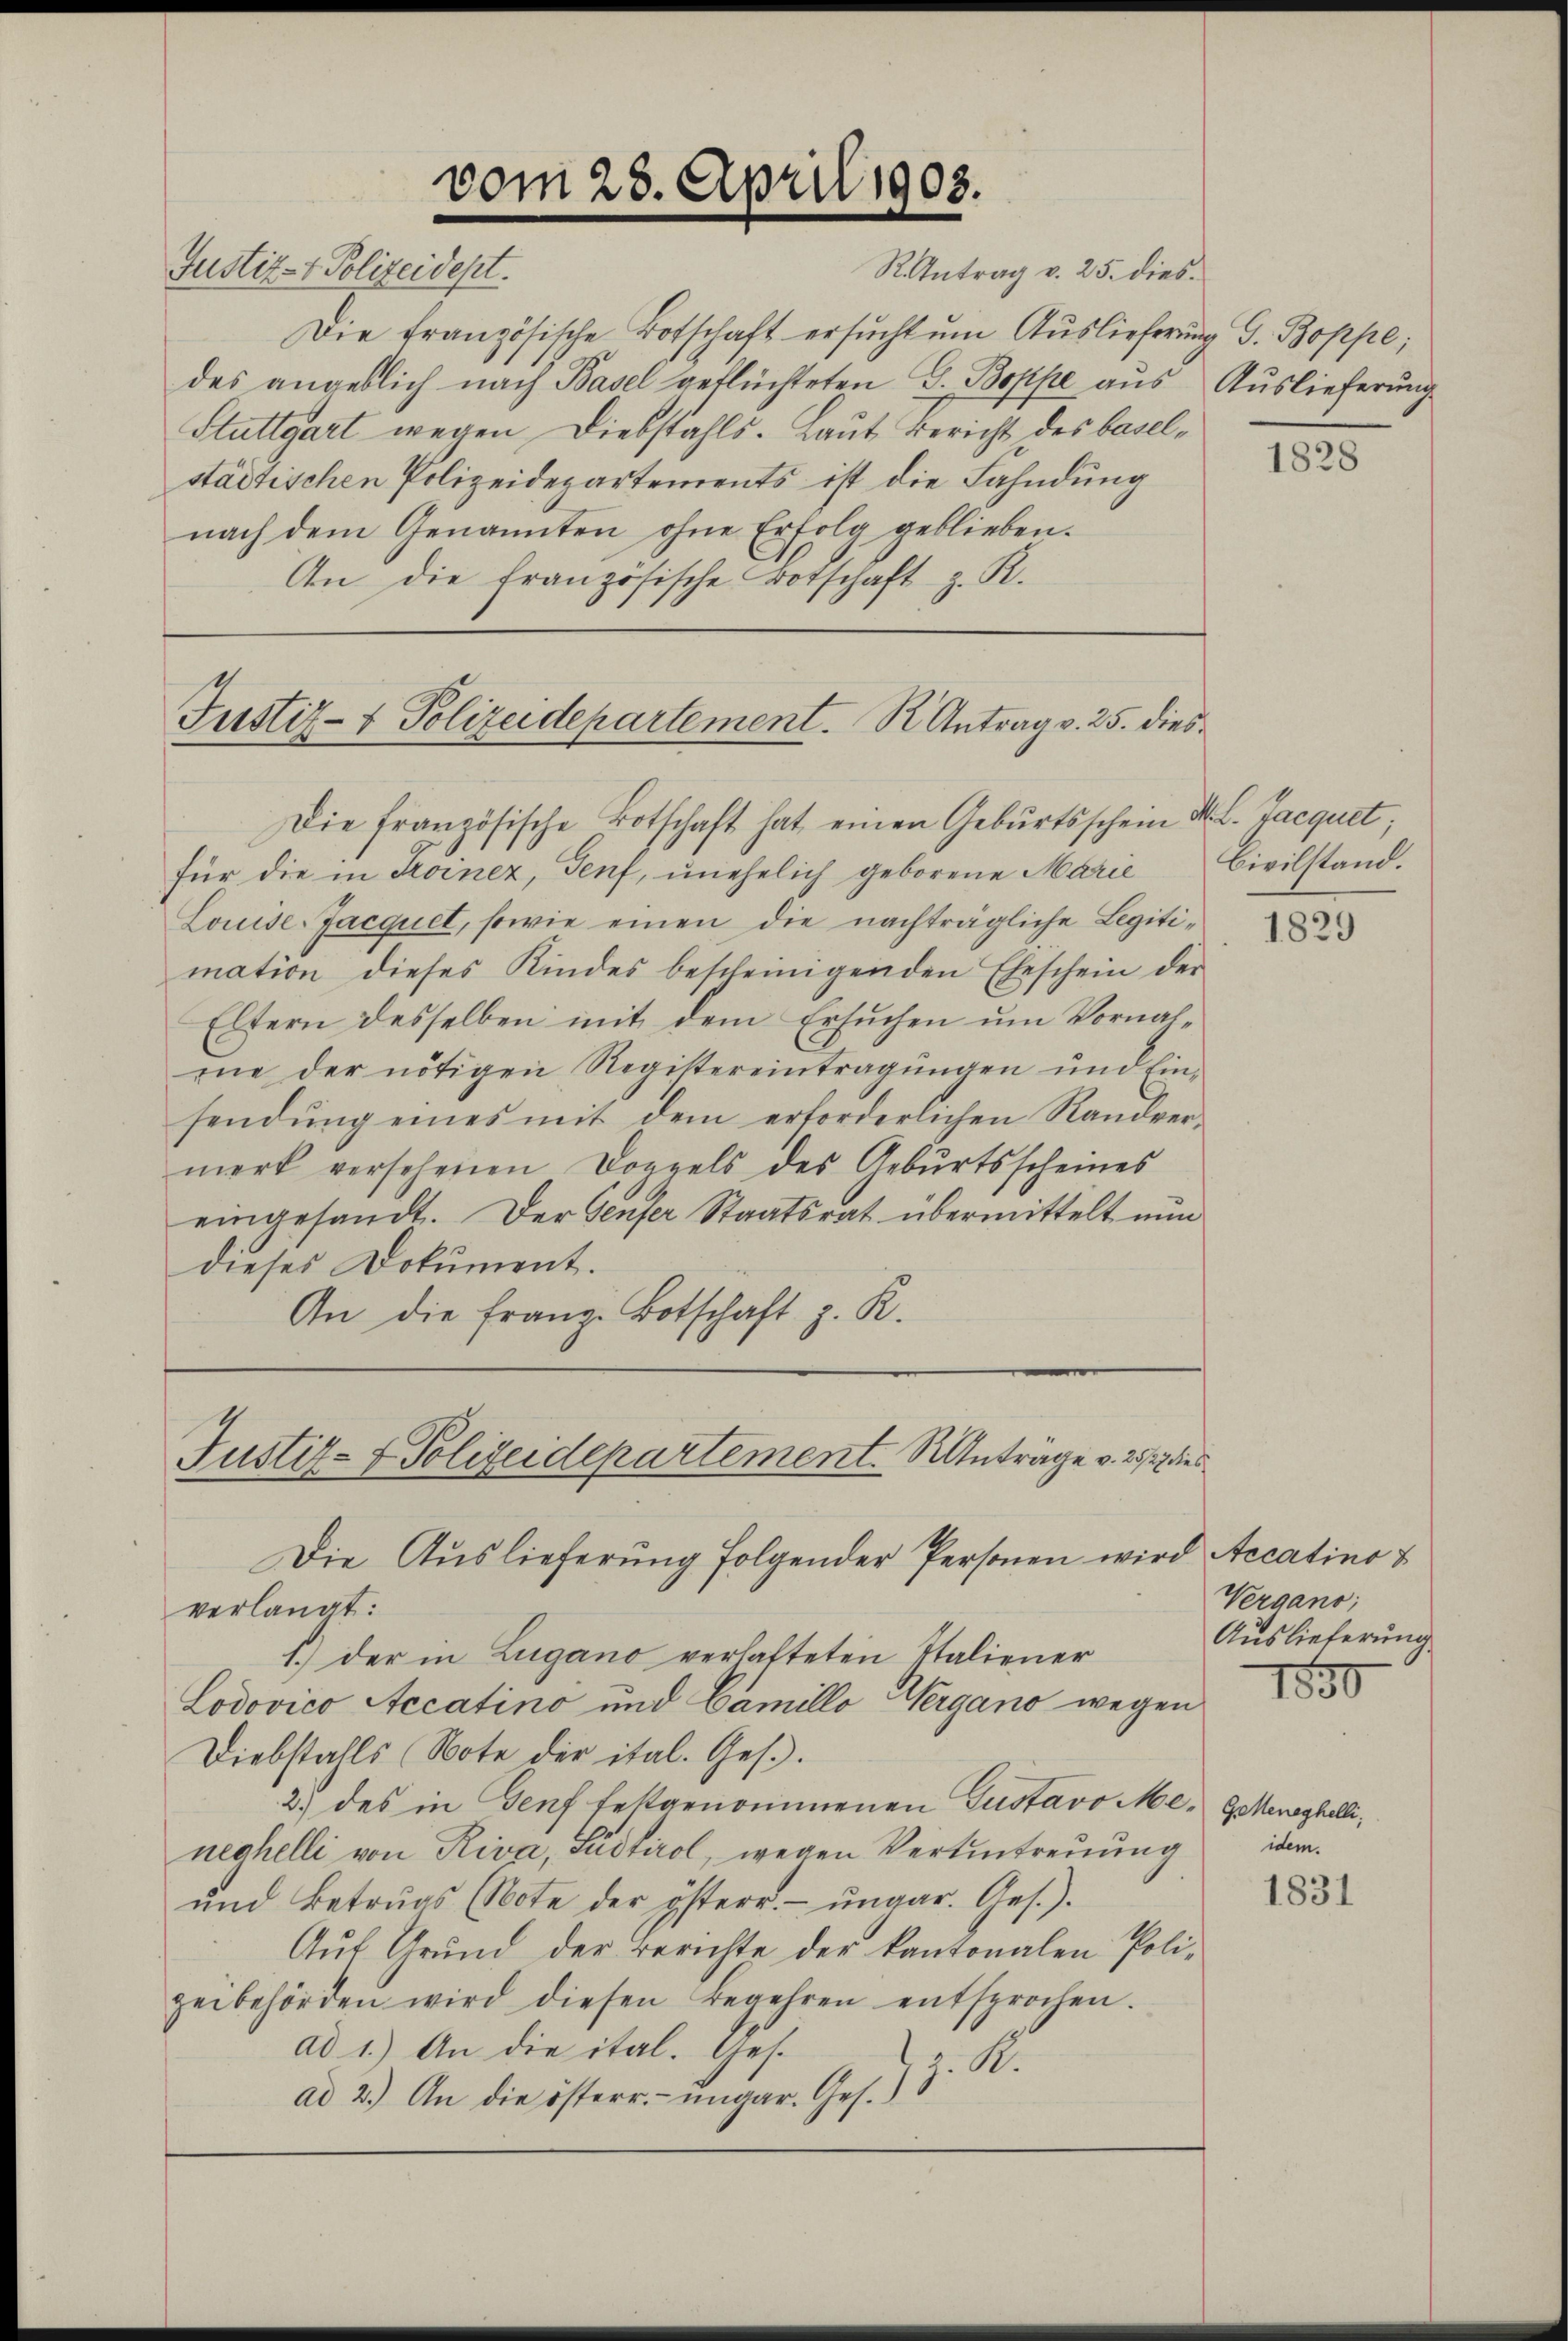
vom 28. April 1903.
Justiz- & Polizeidept.

Die französische Botschaft ersucht um Auslieferung G. Boppe;
des angeblich nach Basel geflüchteten G. Boppe aus Auslieferung
Stuttgart wegen Diebstahls. Laut Bericht des baselstädtischen Polizeidepartements ist die Fahndung
nach dem Genannten ohne Erfolg geblieben.
An die französische Vorschaft z. R.

RAntrag v. 25. dies¬

für die in Troinez, Genf, unehelich geborene Marie
Louise-Jacquet, sowie einen die nachträgliche Legitimation dieses Kindes bescheinigenden Eheschein der
Eltern desselben mit dem Ersuchen um Vornalme der nötigen Registereintragungen und Einsendŭng eines mit dem erforderlichen Randver-
merk versehenen Doppels des Gebŭrtsscheines
eingesandt. Der Genfer Staatsrat übermittelt nun
dieses Dokument.
An die franz Botschaft z. K.

7
Justiz- & Polizeidepartement. R Antrag v. 25. dies¬
Die französische Botschaft hat einen Geburtsschein M. L. Jacquet,

Justiz- & Polizeidepartement. Anträge v. 257 dies

Die Auslieferung folgender Personen wird Accatinst
verlangt:
1.) der in Lugano verlasteten Italiener
Lodovico Accatino und Camillo Vergano wegen
Diebstahls (Note der ital. Ges.
2.) des in Genf festgenommenen Gustavo Meneghelli von River, Lüdtirol, wegen Vertintreuung
ŭnd Betrugs (Note der österr.- ŭngar. Ges.).
Auf Grund der Berichte der kantonalen Polizeibehörden wird diesen Begehren entsprochen.
ad 1.) An die ital. Ges.
J. R.
ad 2.) An die österr. ungar. Ges.

1828

Civilstand.

1829

Vergano,
Auslieferung

1850

GeMeneghelli,
idem.

1831